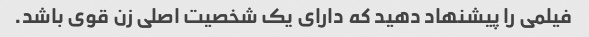
فیلمی را پیشنهاد دهید که دارای یک شخصیت اصلی زن قوی باشد.